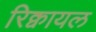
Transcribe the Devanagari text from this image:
रिक्वायल